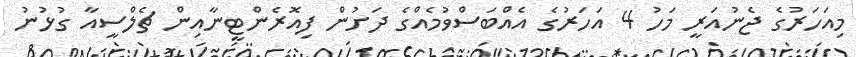
މިއަހަރުގެ ޖެނުއަރީ މަހު 4 އަހަރުގެ އެއްބަސްވުމެއްގެ ދަށުން ފިއޮރެންޓީނާއިން ޗެލްސީއާ ގުޅުނު